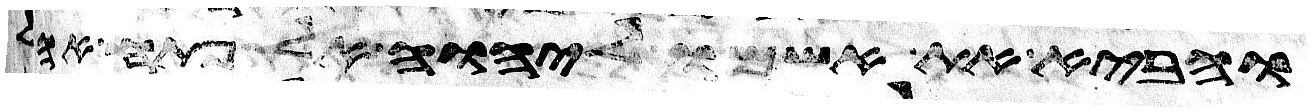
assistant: והביא את אשמו ליהוה אל פתח אהל